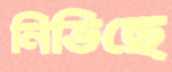
নিভিছে